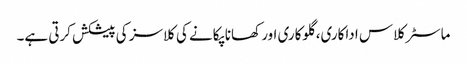
ماسٹر کلاس اداکاری، گلوکاری اور کھانا پکانے کی کلاسز کی پیشکش کرتی ہے۔